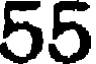
55